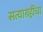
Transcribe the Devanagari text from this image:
सत्याग्रहींचा